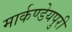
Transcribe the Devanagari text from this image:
मार्कण्डेयपुरी